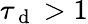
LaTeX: \tau_{\mathrm{~d~}}>1